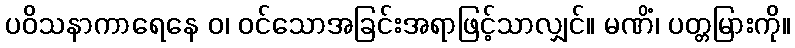
ပဝိသနာကာရေနေ ဝ၊ ဝင်သောအခြင်းအရာဖြင့်သာလျှင်။ မဏိံ၊ ပတ္တမြားကို။